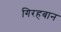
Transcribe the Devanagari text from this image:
गिरहबान